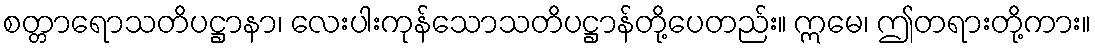
စတ္တာရောသတိပဋ္ဌာနာ၊ လေးပါးကုန်သောသတိပဋ္ဌာန်တို့ပေတည်း။ ဣမေ၊ ဤတရားတို့ကား။